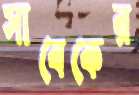
সাবেকের